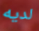
لديه